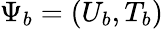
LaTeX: \Psi_{b}=(U_{b},T_{b})